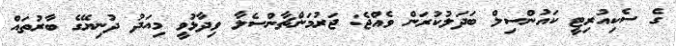
ގެ ސެކިއުރިޓީ ކައުންސިލް ބަދަލުކުރަން ވެއްޖެ: ޖަރުމަންޗާންސެލާ ވިދާޅުވީ މިއަދު ދުނިޔޭގެ ބާރުތައް